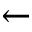
\leftarrow